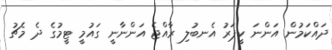
ދައްކަމުން އަންނަ ކީޕަރު އެނބުލި ރާއްޖެ އަންނާނީ ގައުމީ ޓީމުގެ ދެ މެޗު